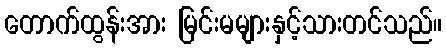
တောက်ထွန်းအား မြင်းမများနှင့်သားတင်သည်။